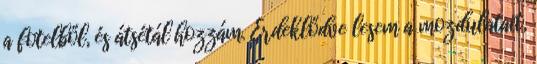
a fotelből, és átsétál hozzám. Érdeklődve lesem a mozdulatait,